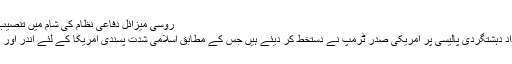
روسی میزائل دفاعی نظام کی شام میں تنصیب اسرائیل کےلیےخطرہ قرار
رپورٹ کے مطابق نئی انسدادِ دہشتگردی پالیسی پر امریکی صدر ٹرمپ نے دستخط کر دیئے ہیں جس کے مطابق اسلامی شدت پسندی امریکا کے لئے اندر اور باہر سب سے بڑا خطرہ ہے۔